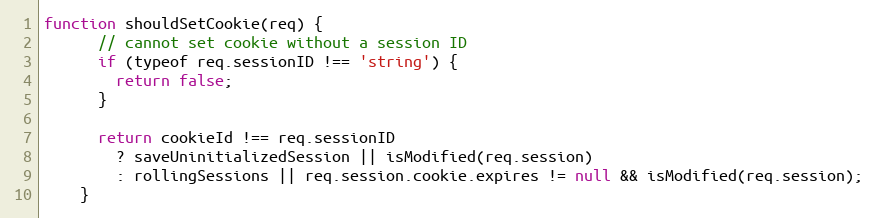
Language: JavaScript
function shouldSetCookie(req) {
      // cannot set cookie without a session ID
      if (typeof req.sessionID !== 'string') {
        return false;
      }

      return cookieId !== req.sessionID
        ? saveUninitializedSession || isModified(req.session)
        : rollingSessions || req.session.cookie.expires != null && isModified(req.session);
    }